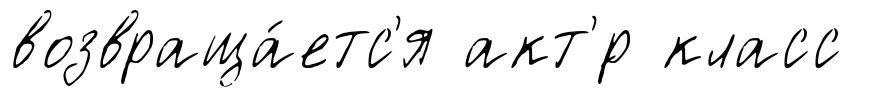
возвраща́етс'я акт'́р класс